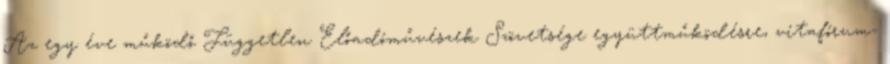
Az egy éve működő Független Előadóművészek Szövetsége együttműködésre, vitafórum-